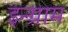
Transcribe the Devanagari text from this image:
इन्ग्राम